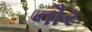
નૌર